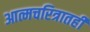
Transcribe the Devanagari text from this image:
आत्मचरित्रातही